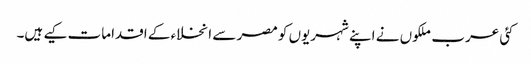
کئی عرب ملکوں نے اپنے شہریوں کو مصر سے انخلاء کے اقدامات کیے ہیں۔